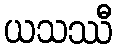
ယသဿီ